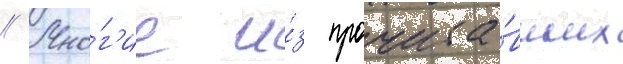
// Мно́г'ие и́з прочита́вших